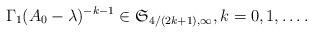
LaTeX: \begin{align*} \Gamma_1(A_0-\lambda)^{-k-1} \in \mathfrak S_{4/(2k+1),\infty},k=0,1,\dots. \end{align*}